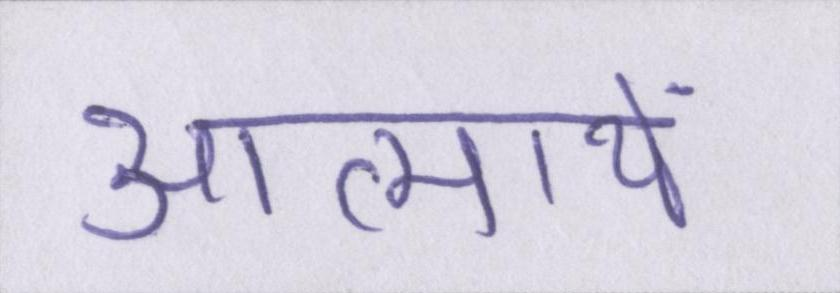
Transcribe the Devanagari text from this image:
आत्मायें